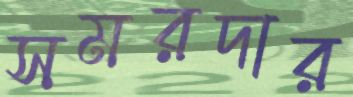
সমরদার